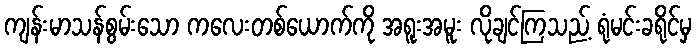
ကျန်းမာသန်စွမ်းသော ကလေးတစ်ယောက်ကို အရူးအမူး လိုချင်ကြသည့် ရုံမင်းခရိုင်မှ